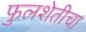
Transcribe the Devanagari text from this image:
फुलशेतीचा